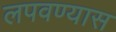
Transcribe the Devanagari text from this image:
लपवण्यास